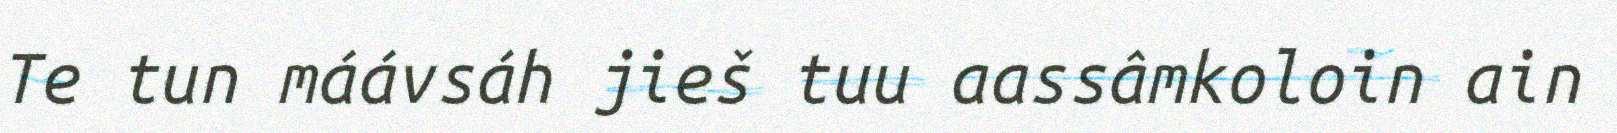
Te tun máávsáh jieš tuu aassâmkoloin ain